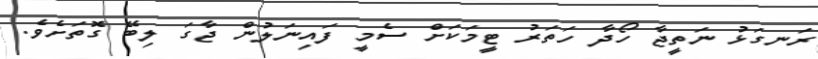
ރަނގަޅު ނަތީޖާ ހޯދާ ހަތަރު ޓީމަކަށް ސެމީ ފައިނަލުން ޖާގަ ލިބޭ ގޮތަށެވެ.